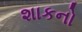
શાકનો